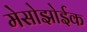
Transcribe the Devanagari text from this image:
मेसोझोईक